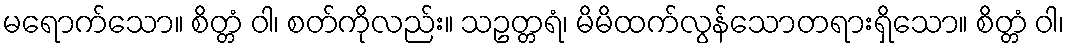
မရောက်သော။ စိတ္တံ ဝါ၊ စတ်ကိုလည်း။ သဥတ္တရံ၊ မိမိထက်လွန်သောတရားရှိသော။ စိတ္တံ ဝါ၊